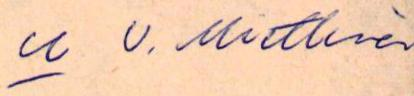
u U. Miettinen